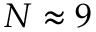
N \approx { 9 }